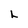
Character: L